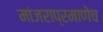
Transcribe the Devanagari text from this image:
मांजराप्रमाणेच